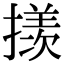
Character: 𪮲